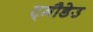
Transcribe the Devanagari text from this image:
ट्मौडेउ